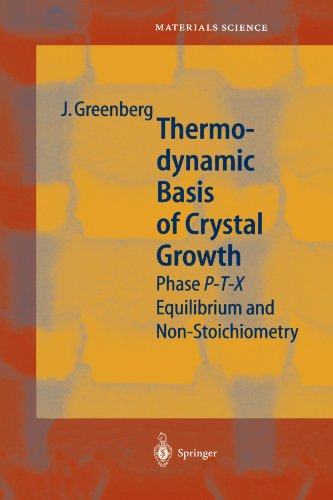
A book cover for Thermodynamic Basis of Crystal Growth: P-T-X Phase Equilibrium and Non-Stoichiometry (Springer Series in Materials Science); Jacob Greenberg; Science & Math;